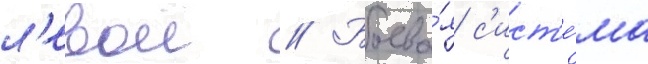
л'евои // Боева́я с'ист'е́ма